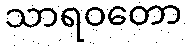
သာရဝတော